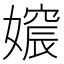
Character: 𡡪